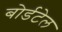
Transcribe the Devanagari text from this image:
बोर्डटेल